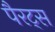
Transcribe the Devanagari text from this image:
पैरट्स